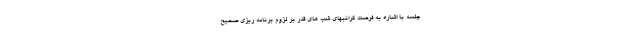
جلسه با اشاره به فرصت گرانبهای شب های قدر بر لزوم برنامه ریزی صحیح